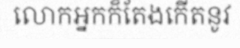
លោកអ្នកក៏តែងកើតនូវ